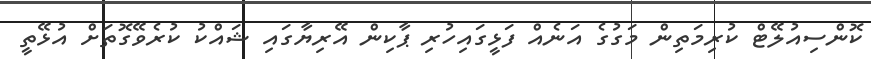
ކޮންސިއުލޭޓް ކުރިމަތިން މަގުގެ އަނެއް ފަޅީގައިހުރި ޕާކިން އޭރިޔާގައި ޝައްކު ކުރެވޭގޮތަށް އުޅޭތީ